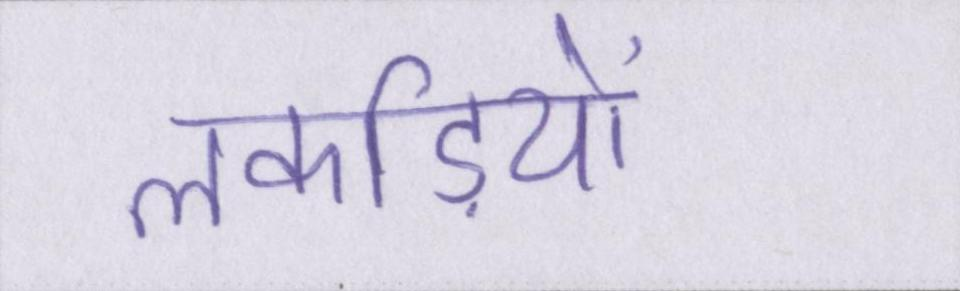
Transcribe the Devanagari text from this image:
लकड़ियों